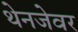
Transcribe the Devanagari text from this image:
थेनजेवर